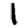
Digit: 1